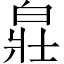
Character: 𤽸